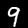
Digit: 9